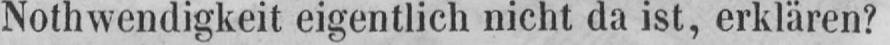
Notwendigkeit eigentlich nicht da ist, erklären?